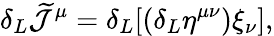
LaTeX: \delta_{L}\widetilde{\cal J}^{\mu}=\delta_{L}[(\delta_{L}\eta^{\mu\nu})\xi_{\nu}],